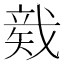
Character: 𥏛